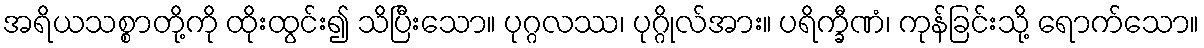
အရိယသစ္စာတို့ကို ထိုးထွင်း၍ သိပြီးသော။ ပုဂ္ဂလဿ၊ ပုဂ္ဂိုလ်အား။ ပရိက္ခီဏံ၊ ကုန်ခြင်းသို့ ရောက်သော။